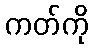
ကတ်ကို